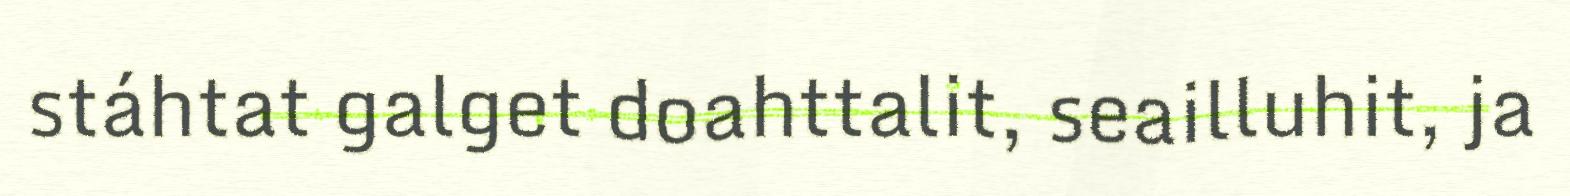
stáhtat galget doahttalit, seailluhit, ja